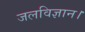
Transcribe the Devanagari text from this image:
जलविज्ञान।